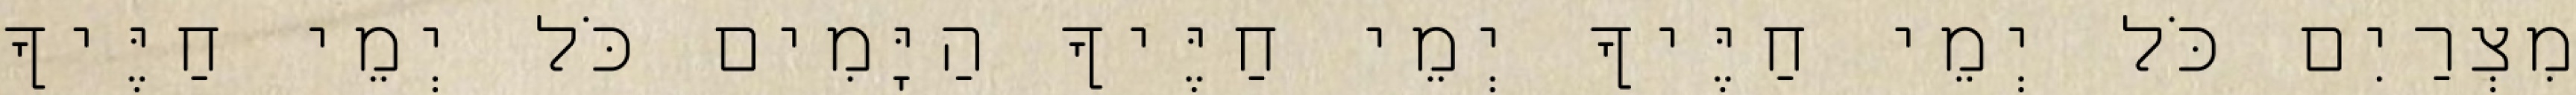
מִצְרַיִם כֹּל יְמֵי חַיֶּיךָ יְמֵי חַיֶּיךָ הַיָּמִים כֹּל יְמֵי חַיֶּיךָ